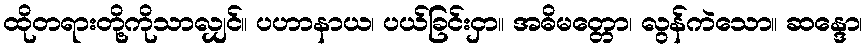
ထိုတရားတို့ကိုသာလျှင်။ ပဟာနာယ၊ ပယ်ခြင်းငှာ။ အဓိမတ္တော၊ လွန်ကဲသော။ ဆန္ဒော၊